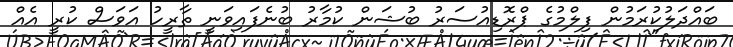
ބައްދަލުކުރަމުން ފިލްމުގެ ޕްްރޮޑިއުސަރު ބުޝަން ކުމާރު ބުނެފައިވަނީ ތާރީހު އަވަސް ކުރީ އެއް